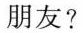
朋友?